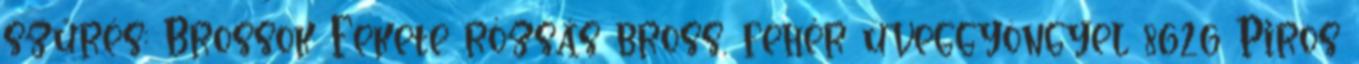
szűrés: Brossok Fekete rózsás bross, fehér üveggyöngyel 8626 Piros